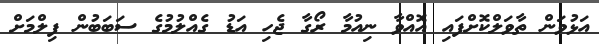
އަޅުވަން ތާވަލްކޮށްފައި އޮއްވާ ނިއުމާ ރޯގާ ޖެހި އަޑު ގެއްލުމުގެ ސަބަބުން ފިލްމަށް